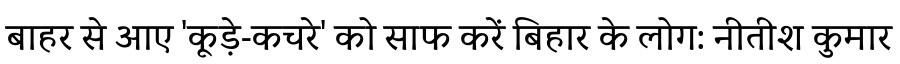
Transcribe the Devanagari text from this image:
बाहर से आए 'कूड़े-कचरे' को साफ करें बिहार के लोग: नीतीश कुमार